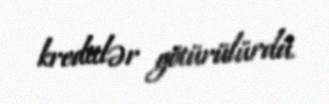
kreditlər götürülürdü.